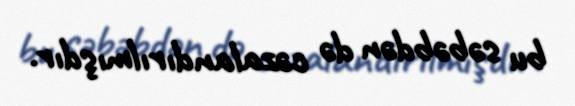
bu səbəbdən də cəzalandırılmışdır.